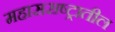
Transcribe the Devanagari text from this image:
महासराष्ट्रातील